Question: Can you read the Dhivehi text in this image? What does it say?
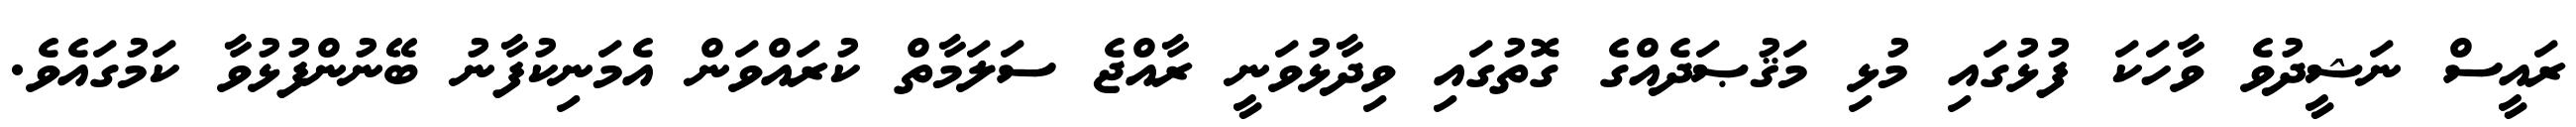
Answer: ރައީސް ނަޝީދުވެ ވާހަކަ ފުޅުގައި މުޅި މަޤުޞަދެއްގެ ގޮތުގައި ވިދާޅުވަނީ ރާއްޖެ ސަލަމާތް ކުރައްވަން އެމަނިކުފާނު ބޭނުންފުޅުވާ ކަމުގައެވެ.